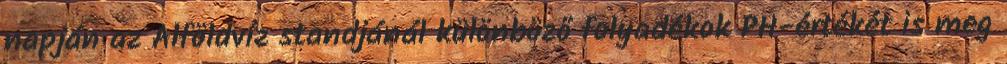
napján az Alföldvíz standjánál különböző folyadékok PH-értékét is meg